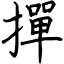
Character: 撣